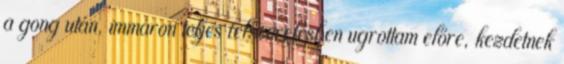
a gong után, immáron teljes felszerelésben ugrottam előre, kezdetnek